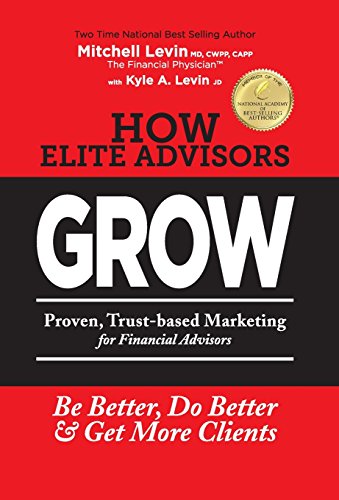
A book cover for How Elite Advisors GROW!: PROVEN, TRUST-BASED,  FINANCIAL ADVISOR MARKETING to Be Better, Do Better And Get More Clients; Mitchell Levin; Business & Money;